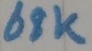
Text: 68K